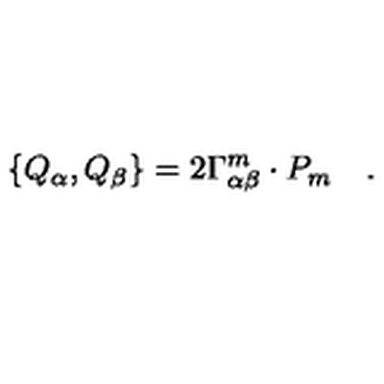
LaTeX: \left\{ Q _ { \alpha } , Q _ { \beta } \right\} = 2 \Gamma _ { \alpha \beta } ^ { m } \cdot P _ { m } \quad .